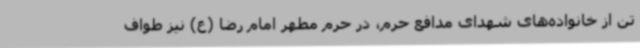
تن از خانواده‌های شهدای مدافع حرم، در حرم مطهر امام رضا (ع) نیز طواف